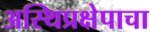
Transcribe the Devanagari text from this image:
अस्थिप्रक्षेपाचा